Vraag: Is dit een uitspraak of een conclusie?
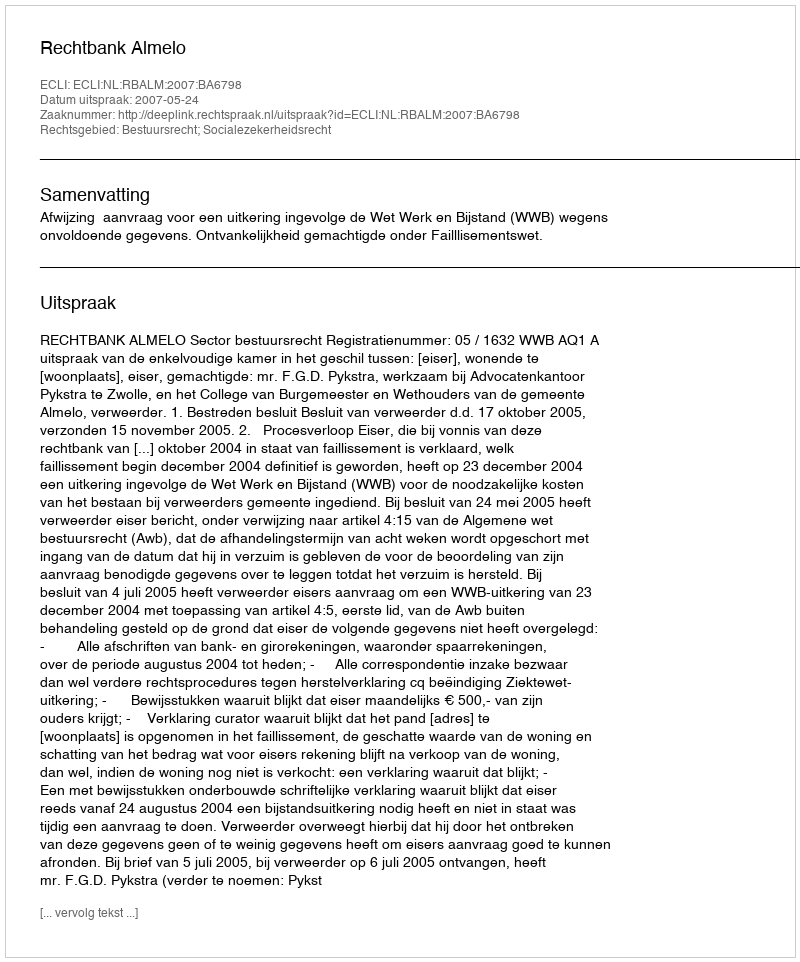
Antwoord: Uitspraak